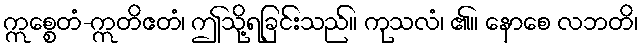
ဣစ္စေတံ-ဣတိဧတံ၊ ဤသို့ရခြင်းသည်။ ကုသလံ၊ ၏။ နောစေ လဘတိ၊